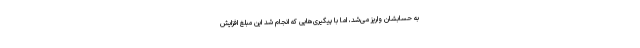
به حسابشان واریز می‌شد، اما با پیگیری‌هایی که انجام شد این مبلغ افزایش